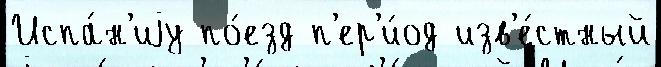
Испа́н'иjу по́езд п'ер'и́од изв'е́стный